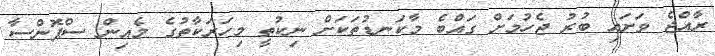
ރާއްޖެ ވަށައި ބުރު ޖެހުމަށް ގައްބެ މާކަނޑުތަކަށް ނިކުތީ މިހަރަކާތުގެ މެއިން ސްޕޮންސާ